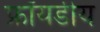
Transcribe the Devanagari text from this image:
फ्रॉयडीय